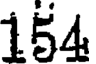
154